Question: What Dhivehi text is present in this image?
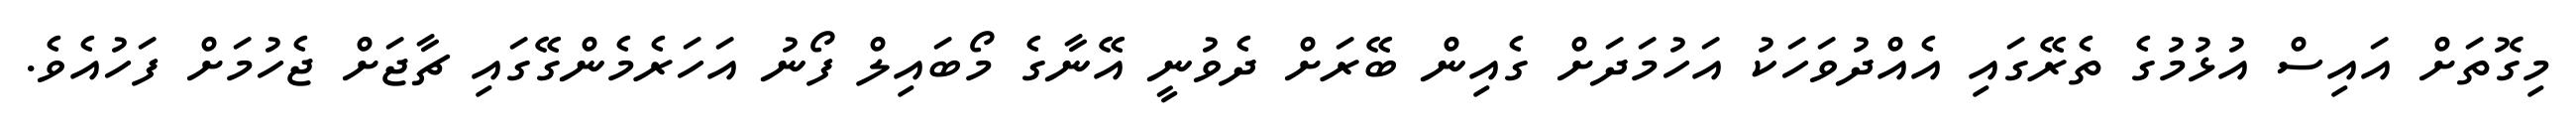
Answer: މިގޮތަށް އައިސް އުޅުމުގެ ތެރޭގައި އެއްދުވަހަކު އަހުމަދަށް ގެއިން ބޭރަށް ދެވުނީ އޭނާގެ މޯބައިލް ފޯނު އަހަރެމެންގޭގައި ޗާޖަށް ޖެހުމަށް ފަހުއެވެ.